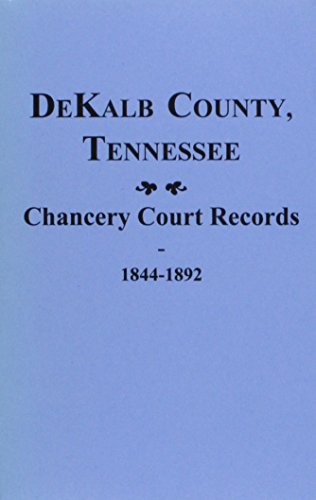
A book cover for Dekalb County, Tn., Chancery Court Records Of. 1844-1892; Thomas Partlow; Law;